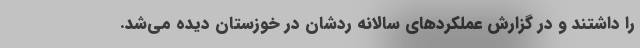
را داشتند و در گزارش عملکردهای سالانه ردشان در خوزستان دیده می‌شد.